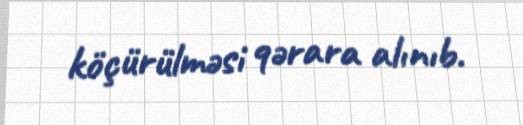
köçürülməsi qərara alınıb.